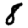
Digit: 8